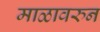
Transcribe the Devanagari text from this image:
माळावरुन